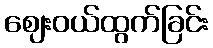
ဈေးဝယ်ထွက်ခြင်း